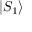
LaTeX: | S _ { 1 } \rangle